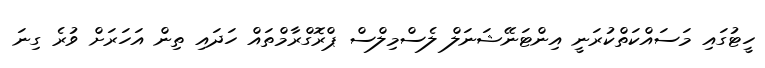
ހީޓުގައި މަސައްކަތްކުރަނީ އިންޓަނޭޝަނަލް ލެސްމިލްސް ޕްރޮގްރާމްތައް ހަދައި ތިން އަހަރަށް ވުރެ ގިނަ